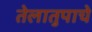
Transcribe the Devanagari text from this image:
तेलातुपाचे